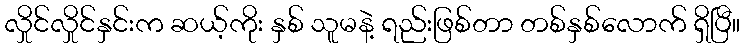
လှိုင်လှိုင်နှင်းက ဆယ့်ကိုး နှစ် သူမနဲ့ ရည်းဖြစ်တာ တစ်နှစ်လောက် ရှိပြီ။